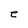
Character: e